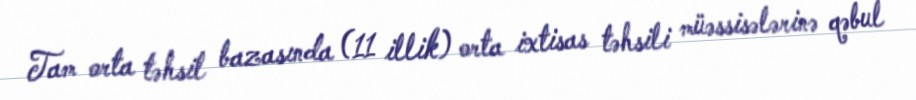
Tam orta təhsil bazasında (11 illik) orta ixtisas təhsili müəssisələrinə qəbul